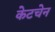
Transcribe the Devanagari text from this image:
केटचेन